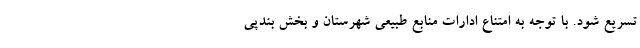
تسریع شود. با توجه به امتناع ادارات منابع طبیعی شهرستان و بخش بندپی